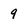
Character: 9